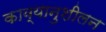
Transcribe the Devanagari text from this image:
काव्यानुशीलन